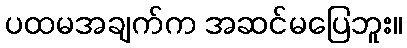
ပထမအချက်က အဆင်မပြေဘူး။